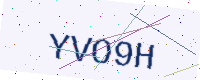
Text: YVO9H